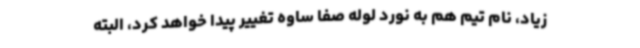
زیاد، نام تیم هم به نورد لوله صفا ساوه تغییر پیدا خواهد کرد، البته